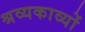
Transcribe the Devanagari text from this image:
श्रव्यकाव्यों